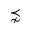
\precnsim